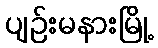
ပျဉ်းမနားမြို့